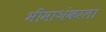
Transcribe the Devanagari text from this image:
भीमाशंकरला